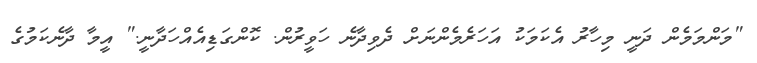
"މަންމަމެން ދަނީ މިހާރު އެކަމަކު އަހަރެމެންނަށް ދެވިދާނެ ހަވީރުން. ކޮންގަޑިއެއްހަދާނީ." އީމާ ދާނެކަމުގެ